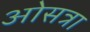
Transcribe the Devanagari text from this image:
ओसत्रा